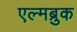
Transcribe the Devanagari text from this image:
एल्मब्रुक